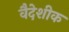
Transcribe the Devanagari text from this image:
वैदेशीक